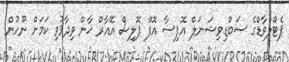
ޕެޓްލްވާޑްގެ ސަބްޑިވިޝަނަލް އޮފިސާ އޮފް ޕޮލިސް އޭއާރް ޚާން ވިދާޅުވި ކަމަށް ނޫހުން